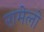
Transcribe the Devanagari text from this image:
रामेलो